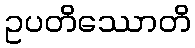
ဥပတိဿောတိ